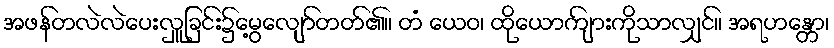
အဖန်တလဲလဲပေးလှူခြင်း၌မွေ့လျော်တတ်၏။ တံ ယေဝ၊ ထိုယောကျ်ားကိုသာလျှင်။ အရဟန္တော၊